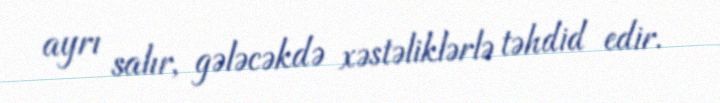
ayrı salır, gələcəkdə xəstəliklərlə təhdid edir.